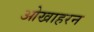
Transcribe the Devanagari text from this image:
ओखाहरन